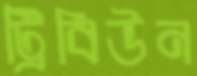
ট্রিবিউন